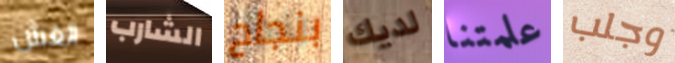
الغش الشارب بنجاح لديك علمتنا وجلب